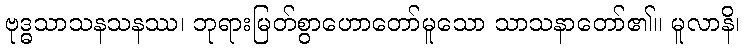
ဗုဒ္ဓသာသနသနဿ၊ ဘုရားမြတ်စွာဟောတော်မူသော သာသနာတော်၏။ မူလာနိ၊